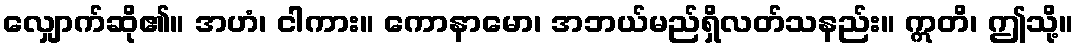
လျှောက်ဆို၏။ အဟံ၊ ငါကား။ ကောနာမော၊ အဘယ်မည်ရှိလတ်သနည်း။ ဣတိ၊ ဤသို့။